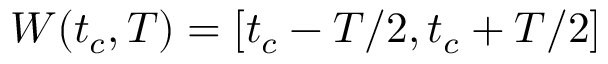
W ( t _ { c } , T ) = [ t _ { c } - T / 2 , t _ { c } + T / 2 ]